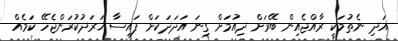
އަދި ނެތުމަކީ ރާއްޖެއިން ބޭރަށް ދިއުމަށް ގިނަ އަދަދަކަށް ފައިސާ ޚަރަދުކުރަންޖެހޭ ކަމެއް